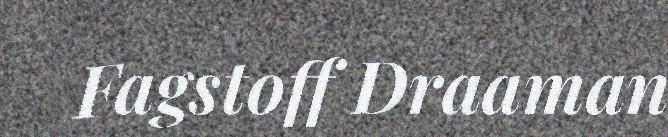
Fagstoff Draaman